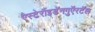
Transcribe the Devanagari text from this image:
ऐस्टेरौइडॅनगुऍरटॅल